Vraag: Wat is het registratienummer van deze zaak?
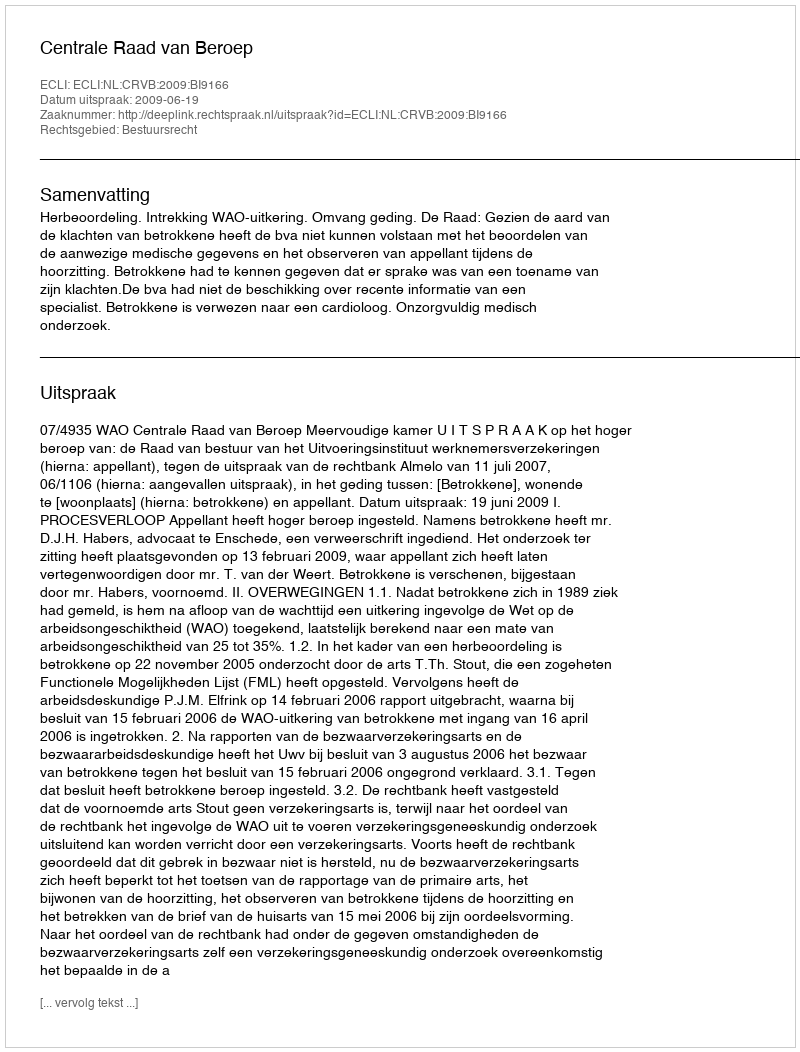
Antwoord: http://deeplink.rechtspraak.nl/uitspraak?id=ECLI:NL:CRVB:2009:BI9166